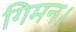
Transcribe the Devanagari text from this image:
गिमन।